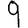
Digit: 9